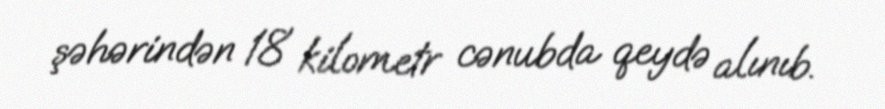
şəhərindən 18 kilometr cənubda qeydə alınıb.